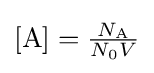
[\mathrm {A} ]={\tfrac {N_{\mathrm {A} }}{N_{0}V}}